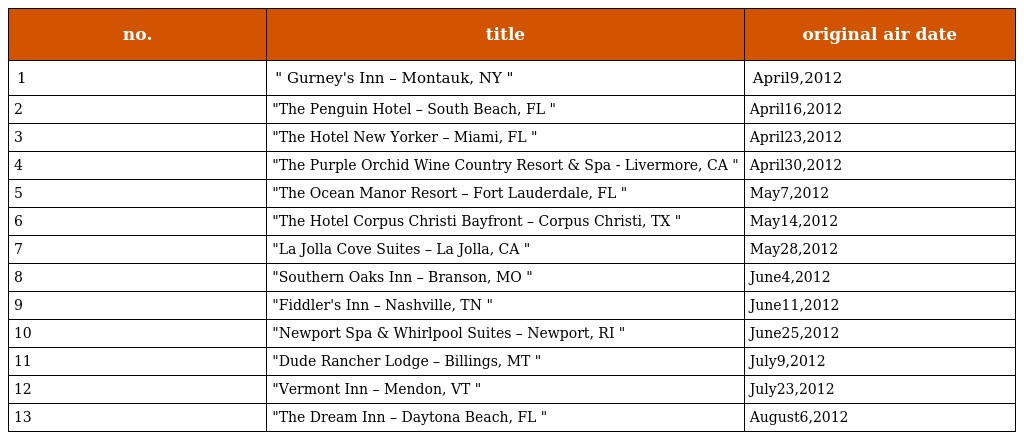
| no. | title | original air date |
 | --- | --- | --- |
 | 1 | " Gurney's Inn – Montauk, NY " | April9,2012 |
 | 2 | "The Penguin Hotel – South Beach, FL " | April16,2012 |
 | 3 | "The Hotel New Yorker – Miami, FL " | April23,2012 |
 | 4 | "The Purple Orchid Wine Country Resort & Spa - Livermore, CA " | April30,2012 |
 | 5 | "The Ocean Manor Resort – Fort Lauderdale, FL " | May7,2012 |
 | 6 | "The Hotel Corpus Christi Bayfront – Corpus Christi, TX " | May14,2012 |
 | 7 | "La Jolla Cove Suites – La Jolla, CA " | May28,2012 |
 | 8 | "Southern Oaks Inn – Branson, MO " | June4,2012 |
 | 9 | "Fiddler's Inn – Nashville, TN " | June11,2012 |
 | 10 | "Newport Spa & Whirlpool Suites – Newport, RI " | June25,2012 |
 | 11 | "Dude Rancher Lodge – Billings, MT " | July9,2012 |
 | 12 | "Vermont Inn – Mendon, VT " | July23,2012 |
 | 13 | "The Dream Inn – Daytona Beach, FL " | August6,2012 |